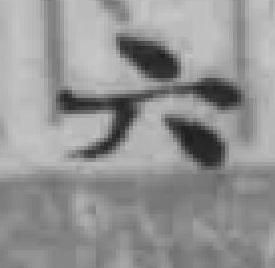
六